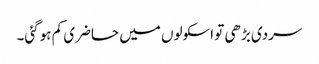
سردی بڑھی تو اسکولوں میں حاضری کم ہوگئی۔